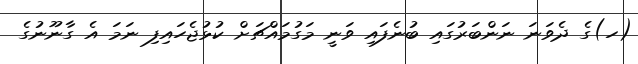
(ހ)ގެ ދެވަނަ ނަންބަރުގައި ބުނެފައި ވަނީ މަގުމައްޗަށް ކުޅުޖެހައިފި ނަމަ އެ ގާނޫނުގެ